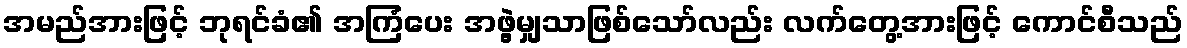
အမည်အားဖြင့် ဘုရင်ခံ၏ အကြံပေး အဖွဲ့မျှသာဖြစ်သော်လည်း လက်တွေ့အားဖြင့် ကောင်စီသည်